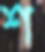
শ